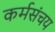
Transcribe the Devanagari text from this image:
कर्मसंचय